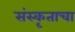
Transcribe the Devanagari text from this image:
संस्कृताचा